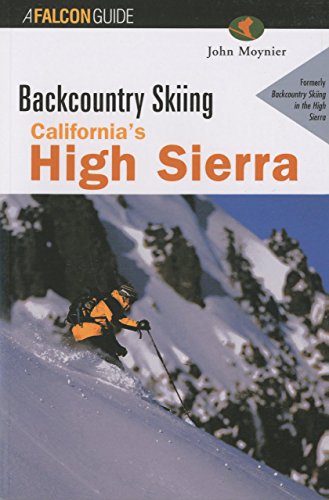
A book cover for Backcountry Skiing California's High Sierra (Backcountry Skiing Series); John Moynier; Travel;